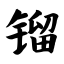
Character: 镏